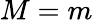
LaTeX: M=m